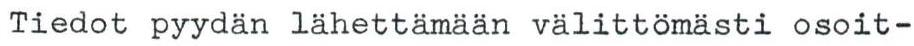
Tiedot pyydän lähettämään välittömästi osoit-